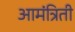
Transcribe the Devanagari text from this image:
आमंत्रिती